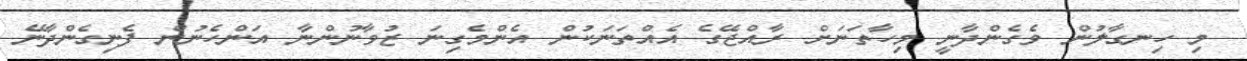
މި ހިނގާލުން ވެގެންދާނީ މިހާތަނަށް ރާއްޖޭގެ އެއްތަނަކުން އެންމެގިނަ ޒުވާނުންނާ އަންހެނުން ފެނިގެންދާނޭ